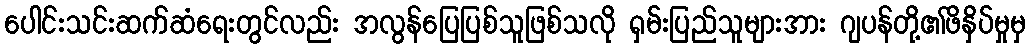
ပေါင်းသင်းဆက်ဆံရေးတွင်လည်း အလွန်ပြေပြစ်သူဖြစ်သလို ရှမ်းပြည်သူများအား ဂျပန်တို့၏ဖိနှိပ်မှုမှ